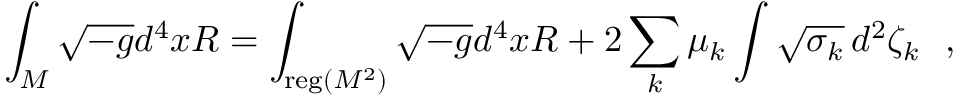
\int _ { \cal M } \sqrt { - g } d ^ { 4 } x R = \int _ { { \mathrm { \small { r e g } } } ( M ^ { 2 } ) } \sqrt { - g } d ^ { 4 } x R + 2 \sum _ { k } \mu _ { k } \int \sqrt { \sigma _ { k } } \, d ^ { 2 } \zeta _ { k } ~ ~ ,